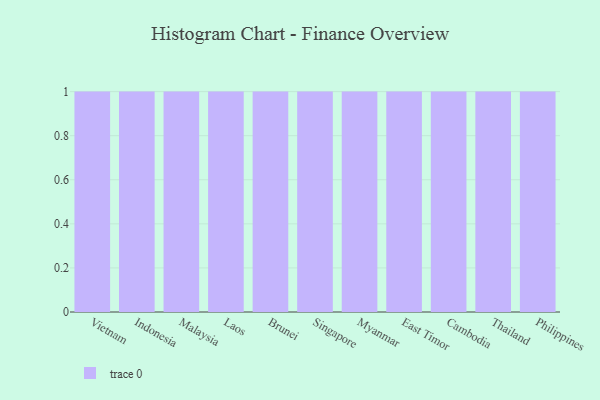
{"axis": {"x": "Country", "y": "Net Income (USD K)"}, "legend": [""], "data": [{"x": "Vietnam", "y": 80, "type": ""}, {"x": "Indonesia", "y": 63, "type": ""}, {"x": "Malaysia", "y": 18, "type": ""}, {"x": "Laos", "y": 53, "type": ""}, {"x": "Brunei", "y": 41, "type": ""}, {"x": "Singapore", "y": 9, "type": ""}, {"x": "Myanmar", "y": 26, "type": ""}, {"x": "East Timor", "y": 17, "type": ""}, {"x": "Cambodia", "y": 66, "type": ""}, {"x": "Thailand", "y": 83, "type": ""}, {"x": "Philippines", "y": 79, "type": ""}]}